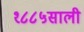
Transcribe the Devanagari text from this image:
१८८५साली